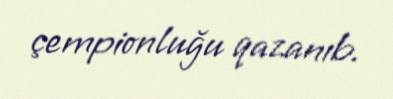
çempionluğu qazanıb.